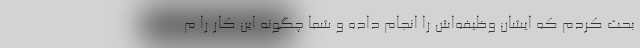
بحث کردم که ایشان وظیفه‌اش را انجام داده و شما چگونه این کار را م